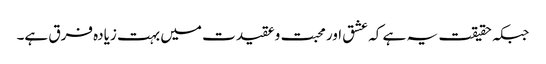
جبکہ حقیقت یہ ہے کہ عشق اور محبت وعقیدت میں بہت زیادہ فرق ہے۔